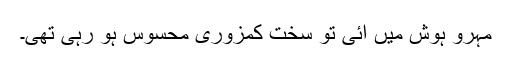
مہرو ہوش میں آئی تو سخت کمزوری محسوس ہو رہی تھی۔